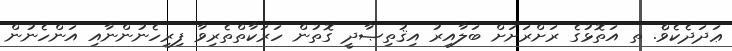
ޢަދަދެކެވެް. ތ އަތޮޅުގެ ރަށްރަށަށް ބަލާއިރު އިޤުތިޞާދީ ގޮތުން ހަރަކާތްތެރިވާ ފިރިހެނުންނާއި އަންހެނުން